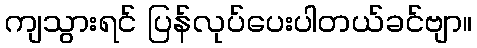
ကျသွားရင် ပြန်လုပ်ပေးပါတယ်ခင်ဗျာ။